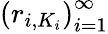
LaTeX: \left(r_{i,K_{i}}\right)_{i=1}^{\infty}